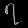
Digit: ၇